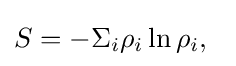
S=-\Sigma _{i}\rho _{i}\ln \rho _{i},\;\;